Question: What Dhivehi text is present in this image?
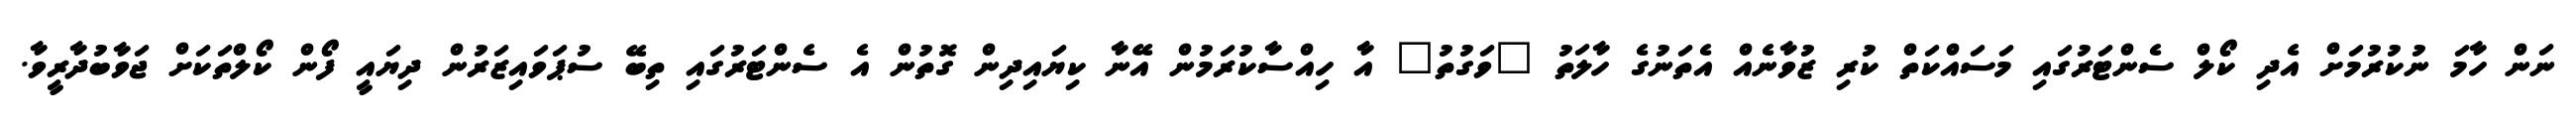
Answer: ނަން ހާމަ ނުކުރުމަށް އެދި ކޯލް ސެންޓަރުގައި މަސައްކަތް ކުރި ޒުވާނެއް އެތަނުގެ ހާލަތު "ވަގުތު" އާ ހިއްސާކުރަމުން އޭނާ ކިޔައިދިން ގޮތުން އެ ސެންޓަރުގައި ތިބޭ ސުޕަވައިޒަރުން ދިޔައީ ފޯން ކޯލްތަކަށް ޖަވާބުދާރީވާ.